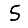
Digit: 5